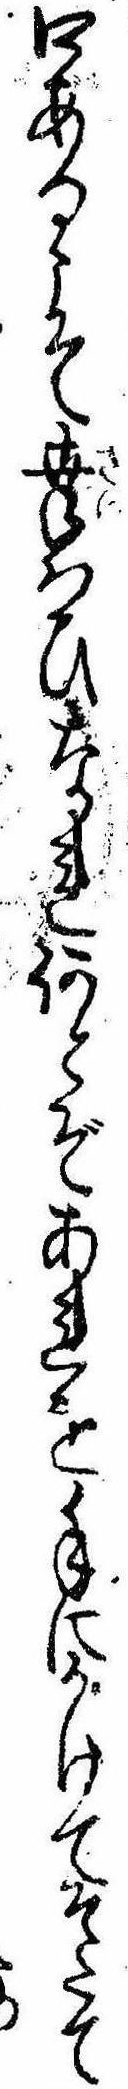
口あるこそ幸はひなれ何とぞあれを手にかけてそたて